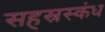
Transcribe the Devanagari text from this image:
सहस्रस्कंध